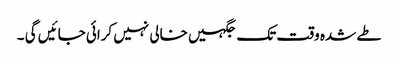
طے شدہ وقت تک جگہیں خالی نہیں کرائی جائیں گی ۔